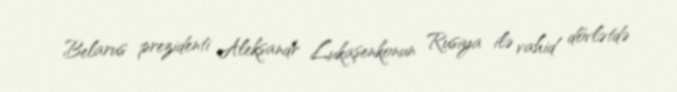
Belarus prezidenti Aleksandr Lukaşenkonun Rusiya ilə vahid dövlətdə